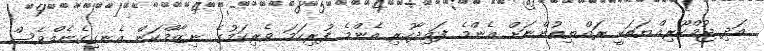
އަދި ޖުމްހޫރިއްޔަތަކީ ރައްޔިތުންނަށް އެންމެ ފައިދާހުރި އެންމެ ފުރިހަމަ ވެރިކަމުގެ ނިޒާމްކަން އެނގިގެނެއްވެސް